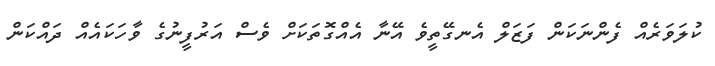
ކުލަވަރެއް ފެންނަކަން ފަޒަލް އެނގޭތީވެ އޭނާ އެއްގޮތަކަށް ވެސް އަރުފީނުގެ ވާހަކައެއް ދައްކަން